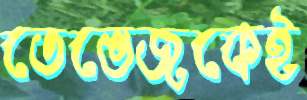
তেভেজকেই